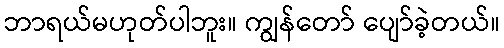
ဘာရယ်မဟုတ်ပါဘူး။ ကျွန်တော် ပျော်ခဲ့တယ်။